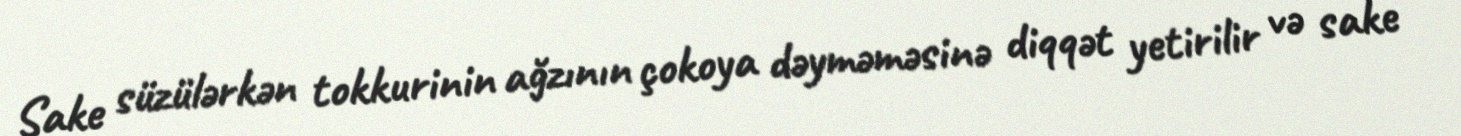
Sake süzülərkən tokkurinin ağzının çokoya dəyməməsinə diqqət yetirilir və sake